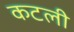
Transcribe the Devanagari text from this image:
कटली